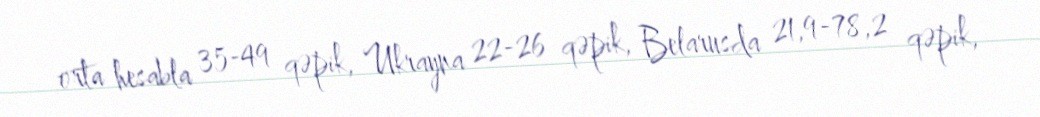
orta hesabla 35-49 qəpik, Ukrayna 22-26 qəpik, Belarusda 21,9-78,2 qəpik,